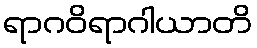
ရာဂဝိရာဂါယာတိ